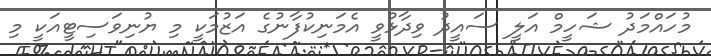
މުހައްމަދު ޝަހީމް އަލީ ސައީދު ވިދާޅުވީ އެމަނިކުފާނުގެ އަޒުމަކީ މި ޔުނިވަސިޓީއަކީ މި